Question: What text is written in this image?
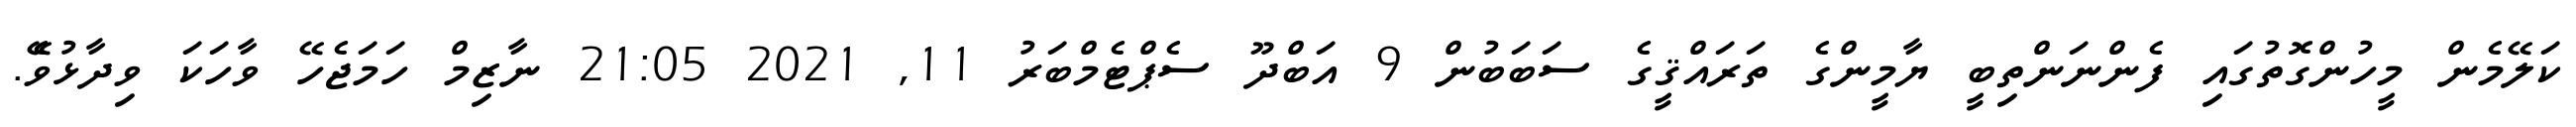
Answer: ކަލޭމެން މީހުންގޮތުގައި ފެންނަންތިބީ ޔާމީންގެ ތަރައްޤީގެ ސަބަބުން 9 އަބްދޫ ސެޕްޓެމްބަރު 11, 2021 21:05 ނާޒިމް ހަމަޖެހޭ ވާހަކަ ވިދާޅުވެޭ.